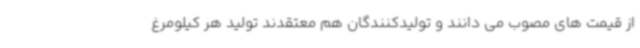
از قیمت های مصوب می دانند و تولیدکنندگان هم معتقدند تولید هر کیلومرغ